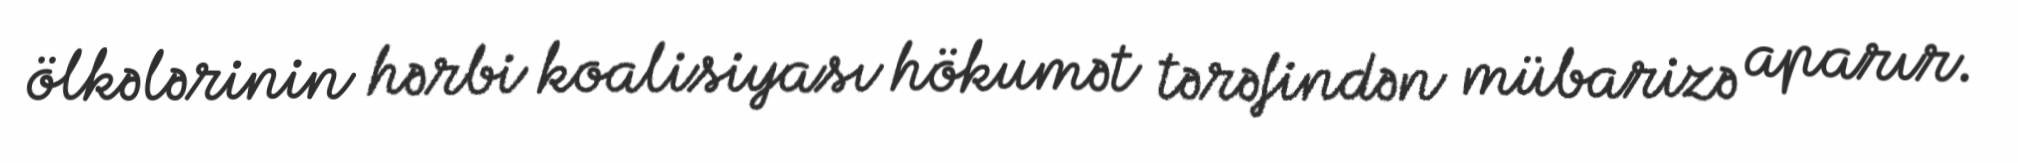
ölkələrinin hərbi koalisiyası hökumət tərəfindən mübarizə aparır.